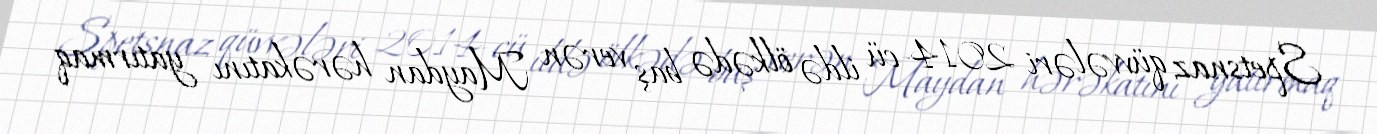
Spetsnaz qüvvələri 2014-cü ildə ölkədə baş verən Maydan hərəkatını yatırmaq